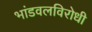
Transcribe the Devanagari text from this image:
भांडवलविरोधी